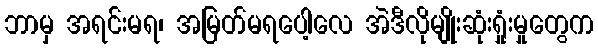
ဘာမှ အရင်းမရ၊ အမြတ်မရပေါ့လေ အဲဒီလိုမျိုးဆုံးရှုံးမှုတွေက